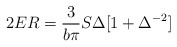
\begin{align*}2ER = \frac{3}{b\pi}S\Delta [1 + \Delta^{-2}] \end{align*}